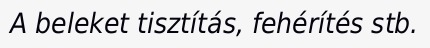
A beleket tisztítás, fehérítés stb.